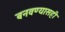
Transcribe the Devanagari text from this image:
बनवण्यासही